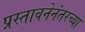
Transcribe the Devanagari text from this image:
प्रस्तावनेनंतरच्या